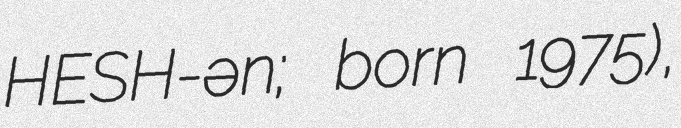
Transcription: HESH-ən; born 1975),